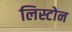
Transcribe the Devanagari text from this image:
लिस्टोन